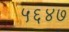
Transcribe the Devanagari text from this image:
५६४७